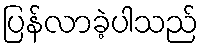
ပြန်လာခဲ့ပါသည်